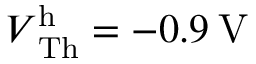
V \mathrm { _ { T h } ^ { h } } = - 0 . 9 \: \mathrm { V }